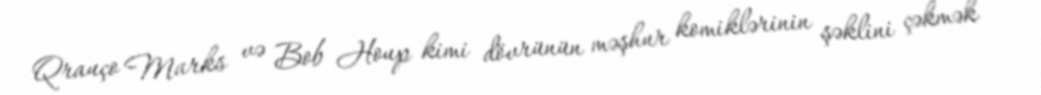
Qrauço Marks və Bob Houp kimi dövrünün məşhur komiklərinin şəklini çəkmək